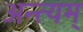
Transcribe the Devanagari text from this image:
अन्त्यम्